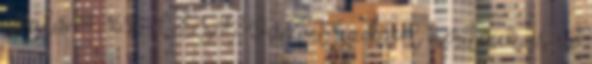
április 14., 16:56 CEST Viszont azokból merítenek, és ez